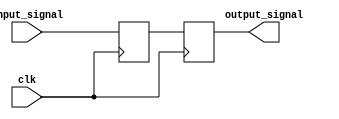
/* Axelou Olympia
 * oaxelou@uth.gr
 * 2161
 *
 * ce430
 * Project2: UART
 *
 * Part D-2: transmitter implementation
 *
 *
 * synchronizer: Synchronizes the reset signal
 *
 * input : clk, input_signal
 * output: syncronized signal
 *
 * Implementation:
 *   Uses 2 flip-flops.
 *   The first one is to ensure that there will be no setup problem
 *   and the second one is for the metastability.
 */

module synchronizer(clk, input_signal, output_signal);
	input clk, input_signal;
	output output_signal;

	reg output_signal, ff1_output;

	always @(posedge clk)
		output_signal = ff1_output;

	always @(posedge clk)
		ff1_output = input_signal;
endmodule